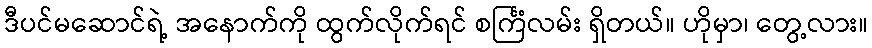
ဒီပင်မဆောင်ရဲ့ အနောက်ကို ထွက်လိုက်ရင် စင်္ကြံလမ်း ရှိတယ်။ ဟိုမှာ၊ တွေ့လား။